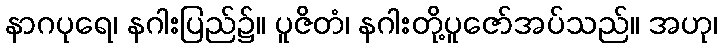
နာဂပုရေ၊ နဂါးပြည်၌။ ပူဇိတံ၊ နဂါးတို့ပူဇော်အပ်သည်။ အဟု၊